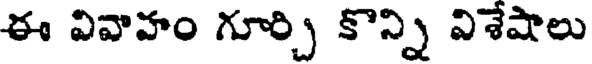
ఈ వివాహం గూర్చి కొన్ని విశేషాలు